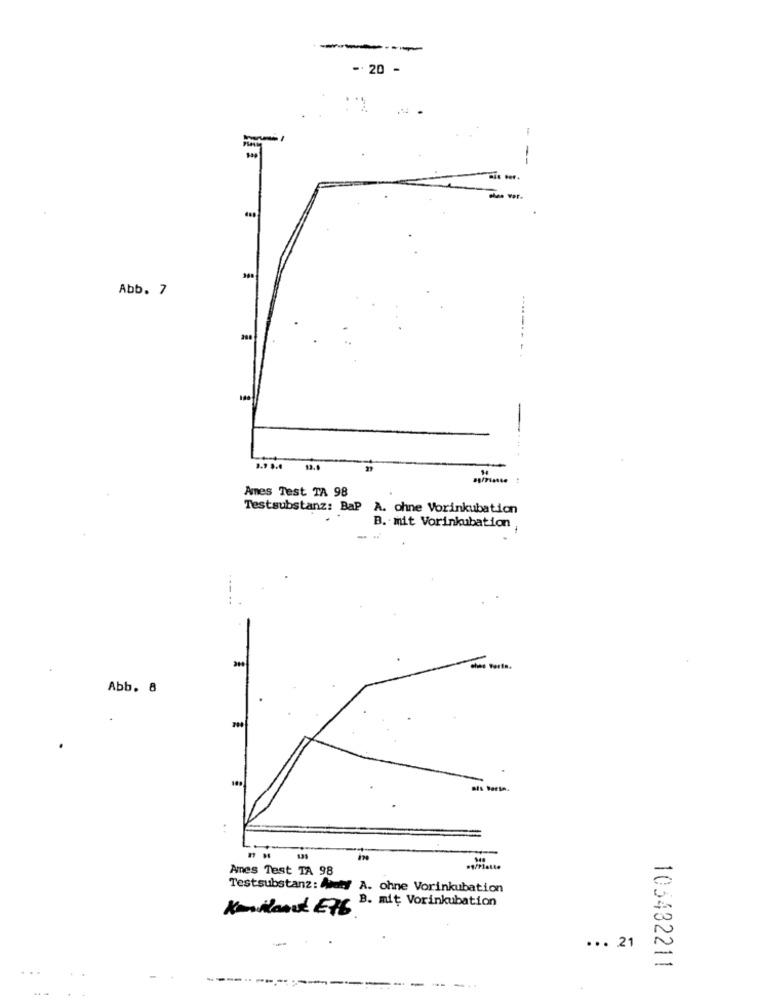
--
- 20 -
-
--
Abb. 7
Ames Test TA 98
Testsubstanz: BaP A. ohne Vorinkubation
B. mit Vorinkubation
--..
Abb. 8
Ames Test TA 98
Testsubstanz: why A. ohne Vorinkubation
B. mit Vorinkubation
... 21
105432211